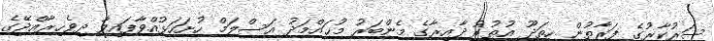
ސަރުކާރުގެ ފަރާތުން ހިތަދޫ އުތުރު ދާއިރާގެ މެންބަރު މުޙައްމަދު އަސްލަމް ހުށަހަޅުއްވާފައިވާ ދިވެހިރާއްޖޭގެ